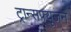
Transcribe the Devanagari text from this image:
ट्रान्सफ्यूजन